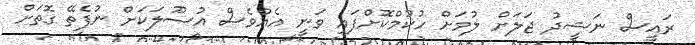
ރައީސް ނަޝީދު ޖަލަށް ލުމަށް ހުކުމްކޮށްފައި ވަނީ އެއްވެސް އުސޫލަކަށް ނުފެތޭ ގޮތަށް